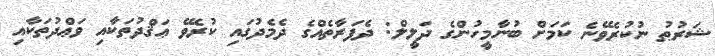
ޝަރުޠު ނުކުރެވޭނެ ކަމަށް ބުނާމީހުންގެ ދަލީލް: ދެފަރާތެއްގެ ދެމެދުގައި ކުރެވޭ ޢަޤްދުތަކާއި ވަޢްދުތަކާއި